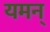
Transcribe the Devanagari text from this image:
यमन्